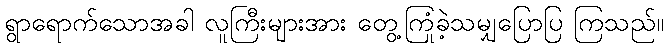
ရွာရောက်သောအခါ လူကြီးများအား တွေ့ကြုံခဲ့သမျှပြောပြ ကြသည်။